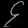
Digit: ၄